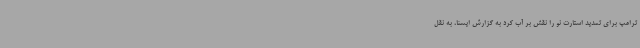
ترامپ برای تمدید استارت نو را نقش بر آب کرد به گزارش ایسنا، به نقل